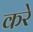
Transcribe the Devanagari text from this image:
करेे